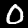
Label: 0